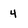
Character: 4